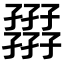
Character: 𡦪